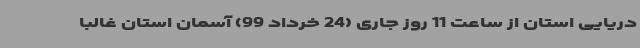
دریایی استان از ساعت 11 روز جاری (24 خرداد 99) آسمان استان غالباً